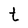
Character: t